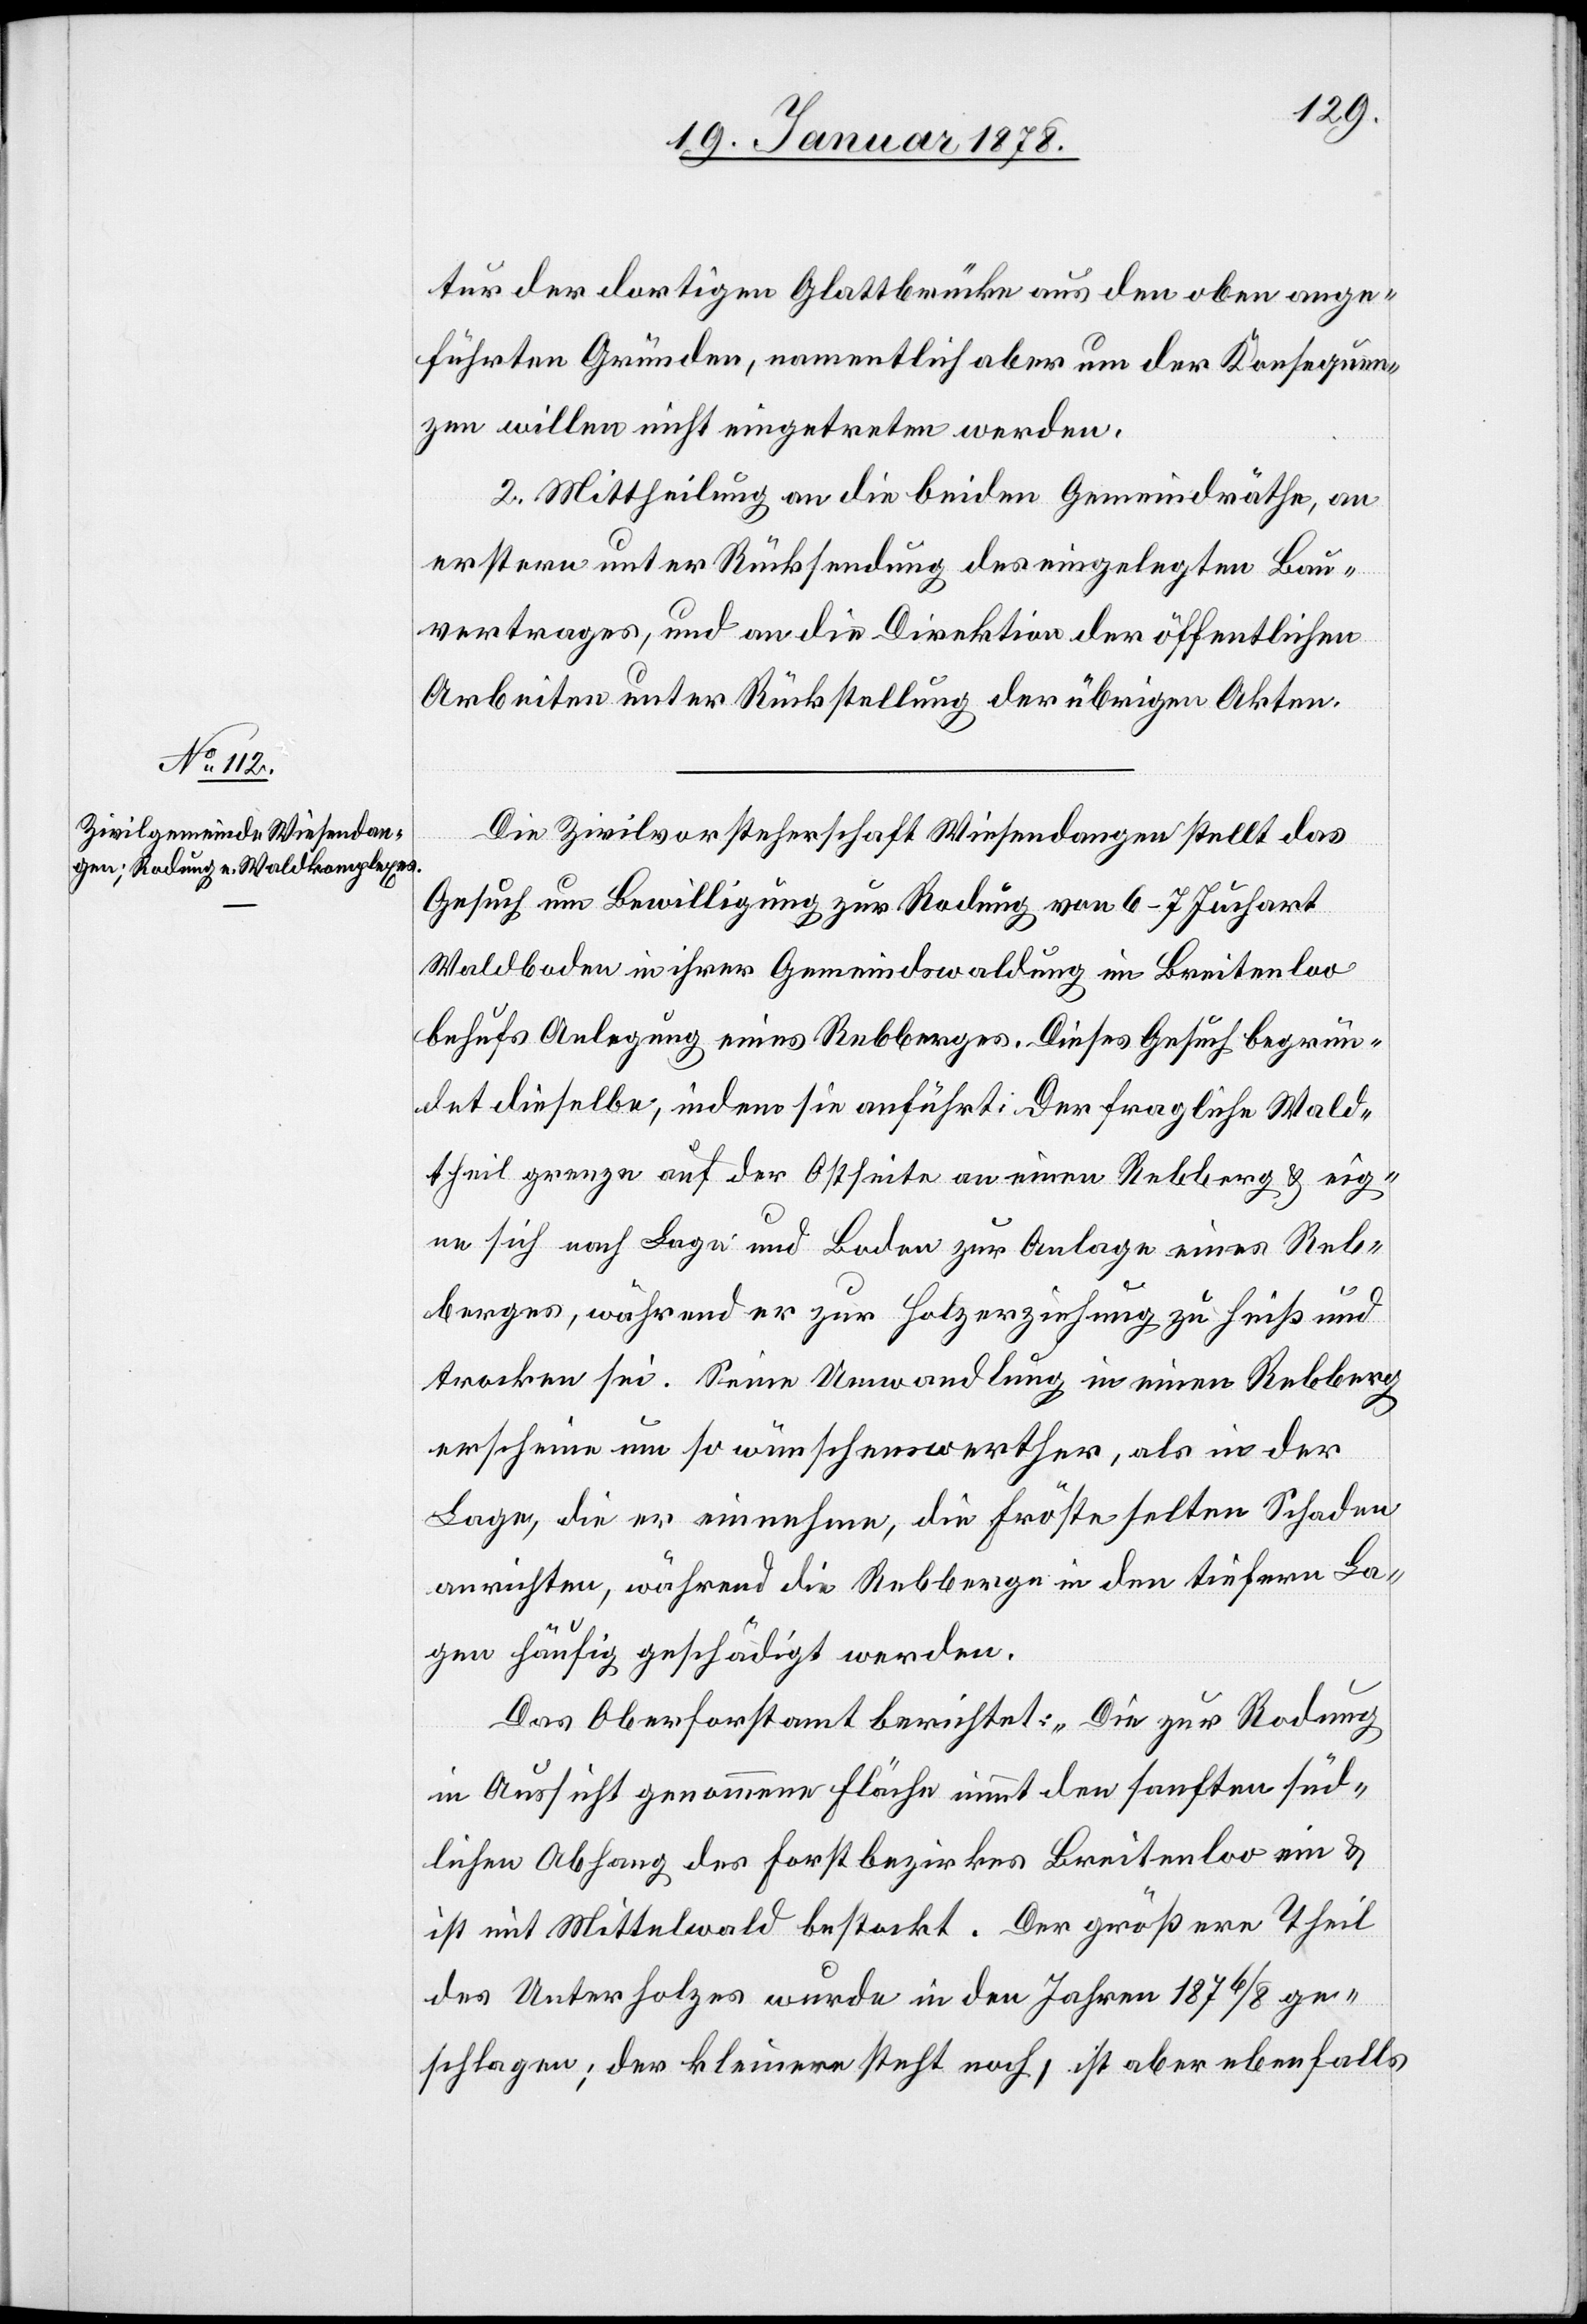
tur der dortigen Glattbrücke aus den oben ange¬
führten Gründen, namentlich aber um der Konsequen¬
zen willen nicht eingetreten werden.
2. Mittheilung an die beiden Gemeindräthe, an
erstern unter Rücksendung des eingelegten Bau¬
vertrages, und an die Direktion der öffentlichen
Arbeiten unter Rückstellung der übrigen Akten.
Die Zivilvorsteherschaft Wiesendangen stellt das
Gesuch um Bewilligung zur Rodung von 6–7 Juchart
Waldboden in ihrer Gemeindswaldung im Breitenloo
behufs Anlegung eines Rebberges. Dieses Gesuch begrün¬
det dieselbe, indem sie anführt: Der fragliche Wald¬
theil grenze auf der Ostseite an einen Rebberg & eig¬
ne sich nach Lage und Boden zur Anlage eines Reb¬
berges, während er zur Holzerziehung zu heiß und
trocken sei. Seine Umwandlung in einen Rebberg
erscheine um so wünschenswerther, als in der
Lage, die er einnehme, die Fröste selten Schaden
anrichten während die Rebberge in den tiefern La¬
gen häufig geschädigt werden.
Das Oberforstamt berichtet: „Die zur Rodung
in Aussicht genommene Fläche nimmt den sanften süd¬
lichen Abhang des Forstbezirkes Breitenloo ein &
ist mit Mittelwald bestockt. Der größere Theil
des Unterholzes wurde in den Jahren 1876 / 8 ge¬
schlagen; der kleinere steht noch, ist aber ebenfalls